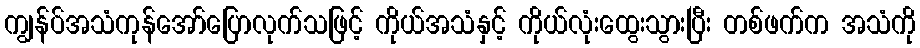
ကျွန်ပ်အသံကုန်အော်ပြောလုက်သဖြင့် ကိုယ်အသံနှင့် ကိုယ်လုံးထွေးသွားပြီး တစ်ဖက်က အသံကို